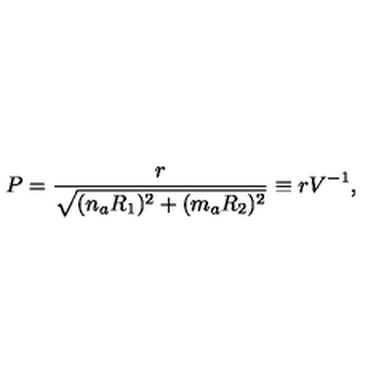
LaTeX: P = \frac { r } { \sqrt { ( n _ { a } R _ { 1 } ) ^ { 2 } + ( m _ { a } R _ { 2 } ) ^ { 2 } } } \equiv r V ^ { - 1 } ,